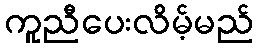
ကူညီပေးလိမ့်မည်